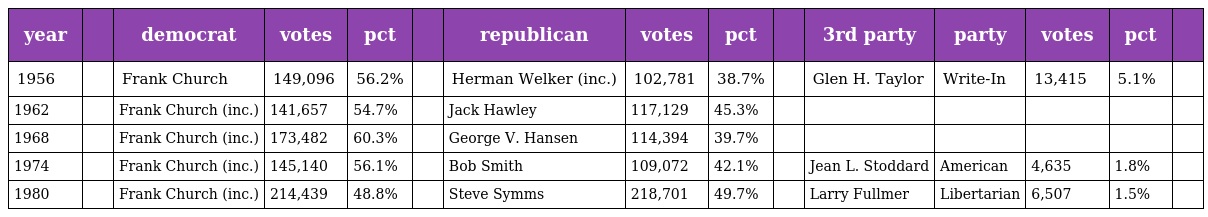
| year |  | democrat | votes | pct |  | republican | votes | pct |  | 3rd party | party | votes | pct |  |
 | --- | --- | --- | --- | --- | --- | --- | --- | --- | --- | --- | --- | --- | --- | --- |
 | 1956 |  | Frank Church | 149,096 | 56.2% |  | Herman Welker (inc.) | 102,781 | 38.7% |  | Glen H. Taylor | Write-In | 13,415 | 5.1% |  |
 | 1962 |  | Frank Church (inc.) | 141,657 | 54.7% |  | Jack Hawley | 117,129 | 45.3% |  |  |  |  |  |  |
 | 1968 |  | Frank Church (inc.) | 173,482 | 60.3% |  | George V. Hansen | 114,394 | 39.7% |  |  |  |  |  |  |
 | 1974 |  | Frank Church (inc.) | 145,140 | 56.1% |  | Bob Smith | 109,072 | 42.1% |  | Jean L. Stoddard | American | 4,635 | 1.8% |  |
 | 1980 |  | Frank Church (inc.) | 214,439 | 48.8% |  | Steve Symms | 218,701 | 49.7% |  | Larry Fullmer | Libertarian | 6,507 | 1.5% |  |